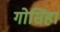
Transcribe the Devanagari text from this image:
गोसिंहा